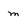
Character: m